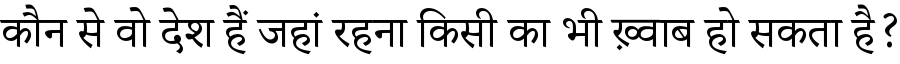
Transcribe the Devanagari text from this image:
कौन से वो देश हैं जहां रहना किसी का भी ख़्वाब हो सकता है?